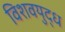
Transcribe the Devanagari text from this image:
विशवयुद्ध